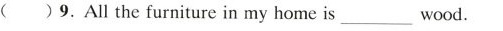
()9. All the furniture in my home is ___ wood.